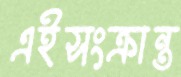
এইসংক্রান্ত